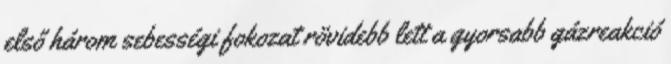
első három sebességi fokozat rövidebb lett a gyorsabb gázreakció